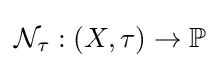
{\mathcal {N}}_{\tau }:(X,\tau )\to \mathbb {P}